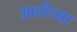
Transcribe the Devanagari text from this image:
आदीच्या